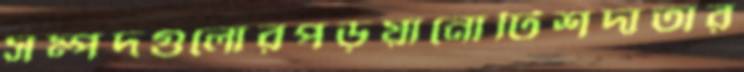
সম্পদগুলোরপড়ুয়ানোটিশদাতার